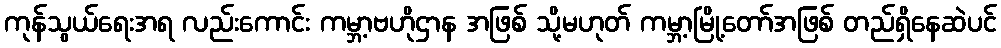
ကုန်သွယ်ရေးအရ လည်းကောင်း ကမ္ဘာ့ဗဟိုဌာန အဖြစ် သို့မဟုတ် ကမ္ဘာ့မြို့တော်အဖြစ် တည်ရှိနေဆဲပင်